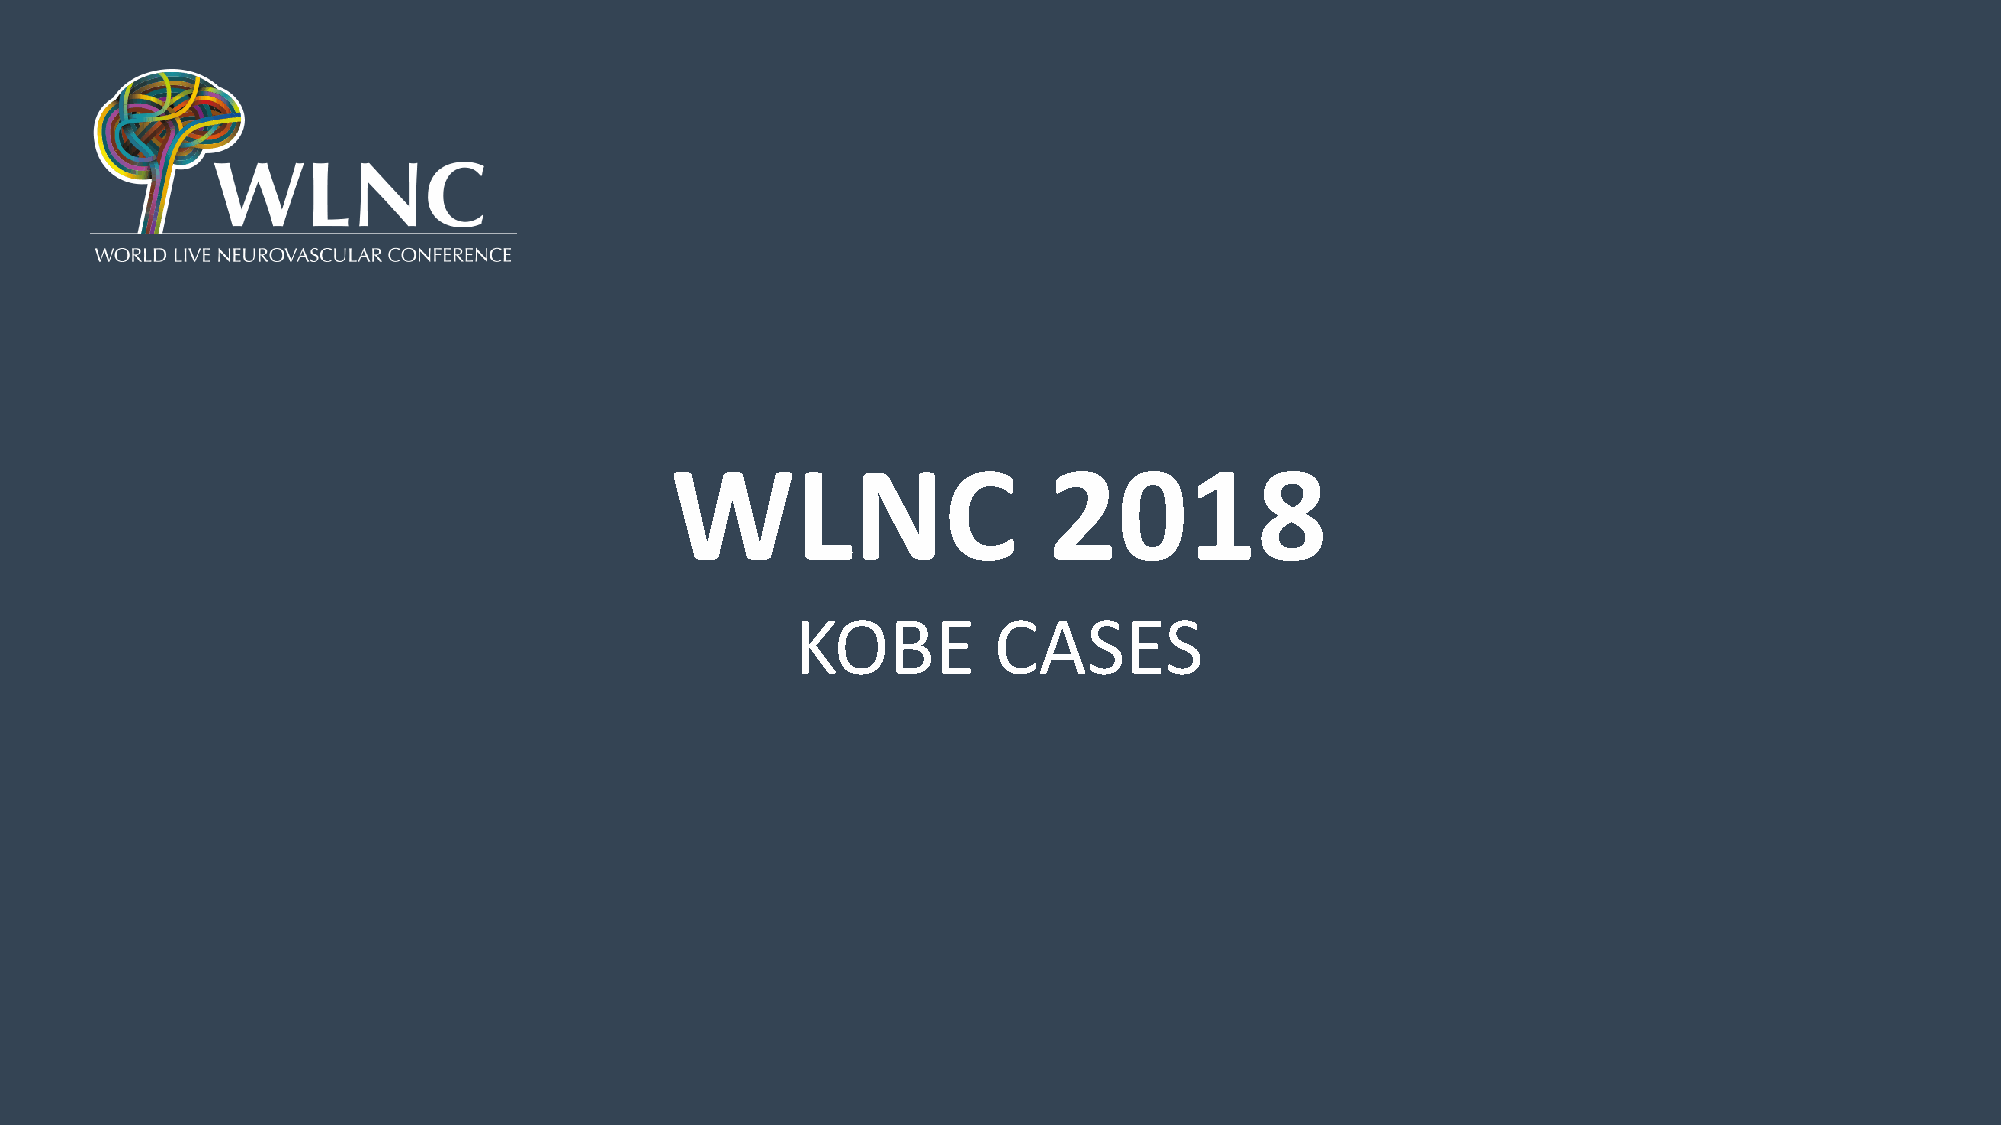
WLNC                     2018
 KOBE         CASES